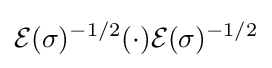
{\mathcal {E}}(\sigma )^{-1/2}(\cdot ){\mathcal {E}}(\sigma )^{-1/2}